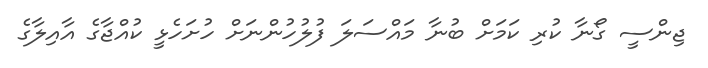
ޖިންސީ ގޯނާ ކުރި ކަމަށް ބުނާ މައްސަލަ ފުލުހުންނަށް ހުށަހެޅީ ކުއްޖާގެ އާއިލާގެ